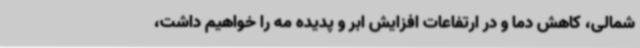
شمالی، کاهش دما و در ارتفاعات افزایش ابر و پدیده مه را خواهیم داشت،